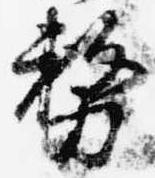
務